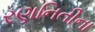
રણનિતીના